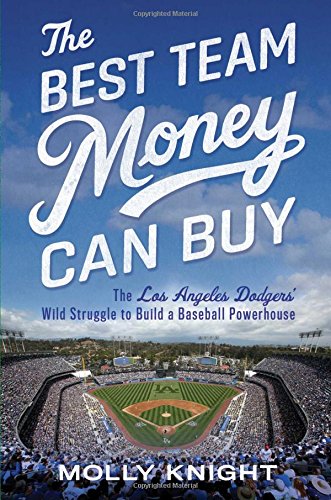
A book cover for The Best Team Money Can Buy: The Los Angeles Dodgers' Wild Struggle to Build a Baseball Powerhouse; Molly Knight; Business & Money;